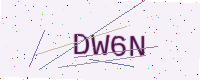
Text: DW6N